kultuurilooline_kollektsioon, lk 21
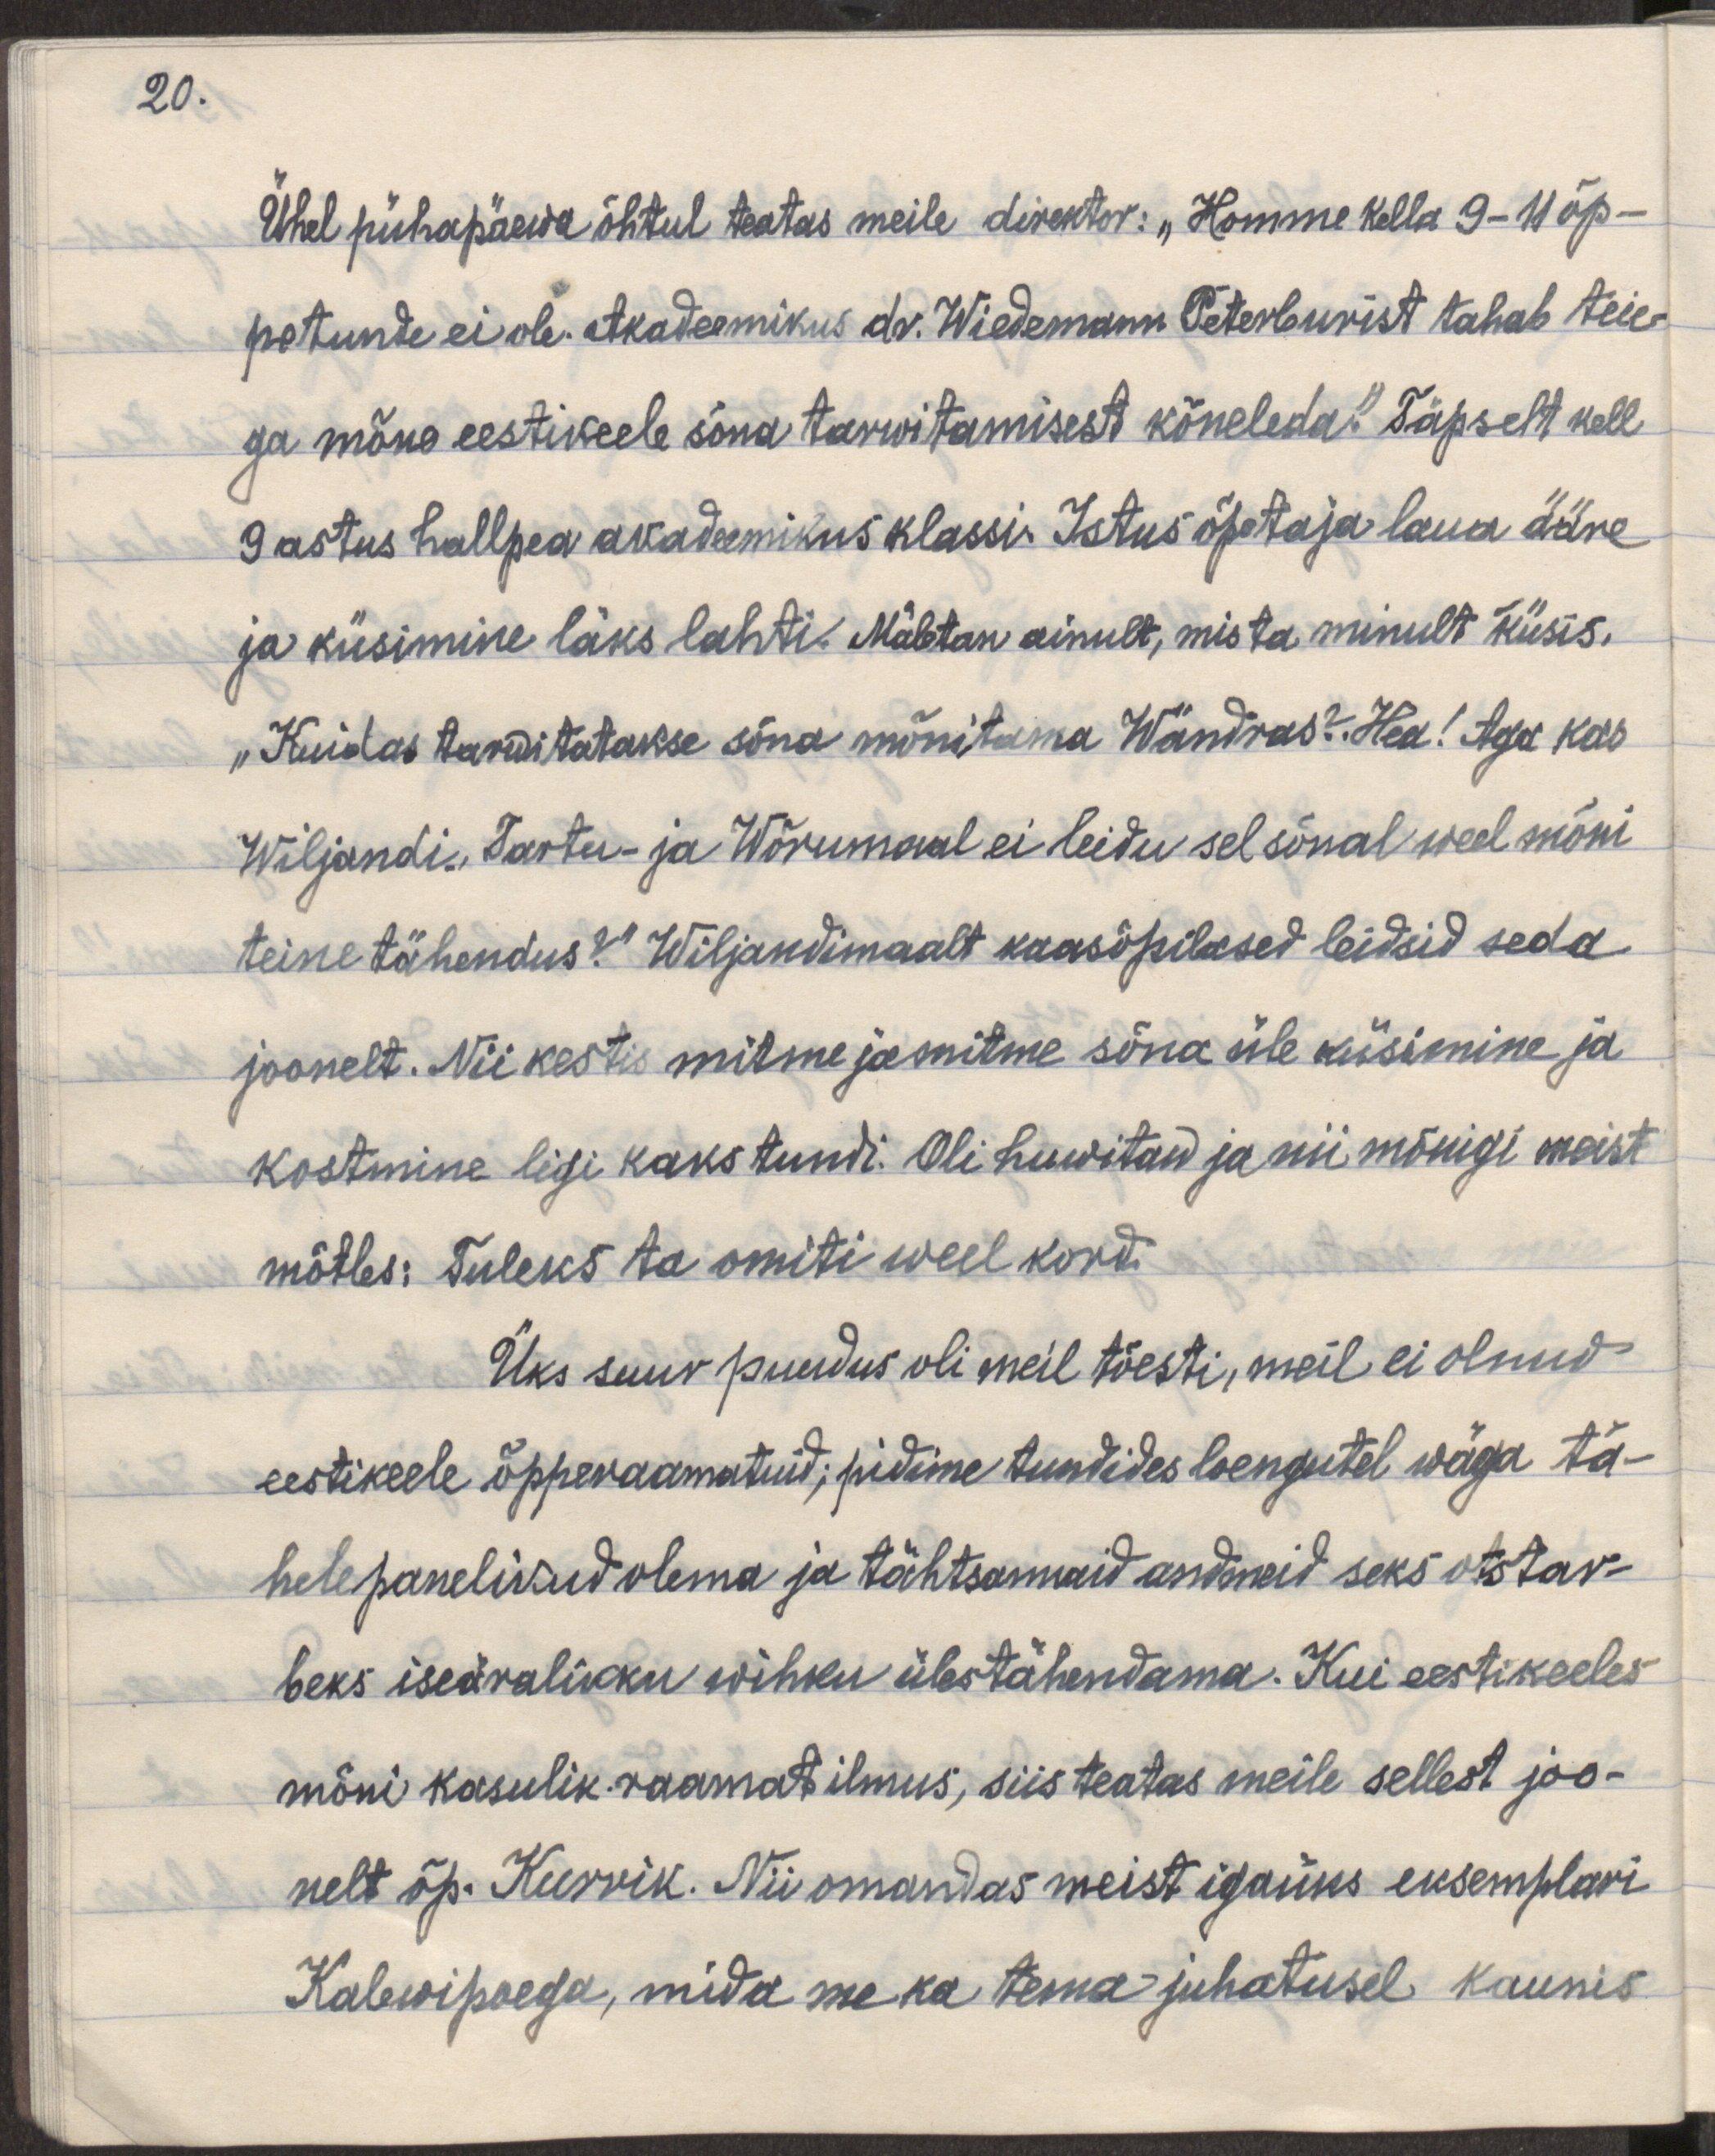
20.

Ühel pühapäewa õhtul teatas meile direktor: "Homme kella 9-11 õp-
petunde ei ole. Akadeemikus dr. Wiedemann Peterburist tahab teie-
ga mõne eestikeele sõna tarwitamisest kõneleda." Täpselt kell
9 astus hallpea akadeemikus klassi. Istus õpetaja laua ääre
ja küsimine läks lahti. Mäletan ainult, mis ta minult küsis.
"Kuidas tarwitatakse sõna mõnitama Wändras? Hea! Aga kas
Wiljandi, Tartu- ja Wõrumaal ei leidu sel sõnal weel mõni
teine tähendus?" Wiljandimaalt kaasõpilased leidsid seda
joonelt. Nii kestis mitme ja mitme sõna üle küsimine ja
kostmine ligi kaks tundi. Oli huvitaw ja nii mõnigi meist
mõtles: Tuleks ta omiti weel kord.
Üks suur puudus oli meil tõesti, meil ei olnud
eestikeele õpperaamatuid; pidime tundides loengutel väga tä-
helepanelikud olema ja tähtsamaid andmeid seks otstar-
beks iseäralikku wihiku ülestähendama. Kui eesikeeles
mõni kasulik raamat ilmus, siis teatas meile sellest joo-
nelt õp. Kurrik. Nii omandas meist igaüks eksemplari
Kalewipoega, mida me ka tema juhatusel kaunis